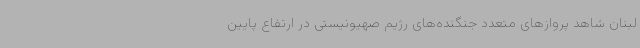
لبنان شاهد پروازهای متعدد جنگنده‌های رژیم صهیونیستی در ارتفاع پایین